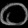
Digit: ၀